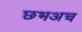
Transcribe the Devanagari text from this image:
छभअच